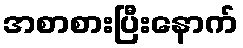
အစာစားပြီးနောက်